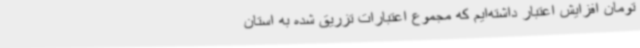
تومان افزایش اعتبار داشته‌ایم که مجموع اعتبارات تزریق شده به استان